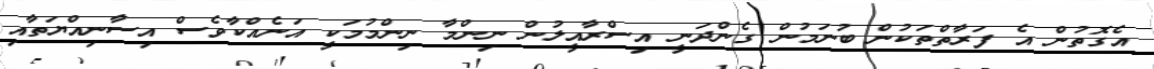
އެގޮތުން އެ ފަރާތްތަކުން ބުނަމުން ގެންދަނީ އިސްރާއީލުން ނިންމާ ނިންމުމަކީ އަނެއްކާވެސް އިސާނިއްޔަތާއި